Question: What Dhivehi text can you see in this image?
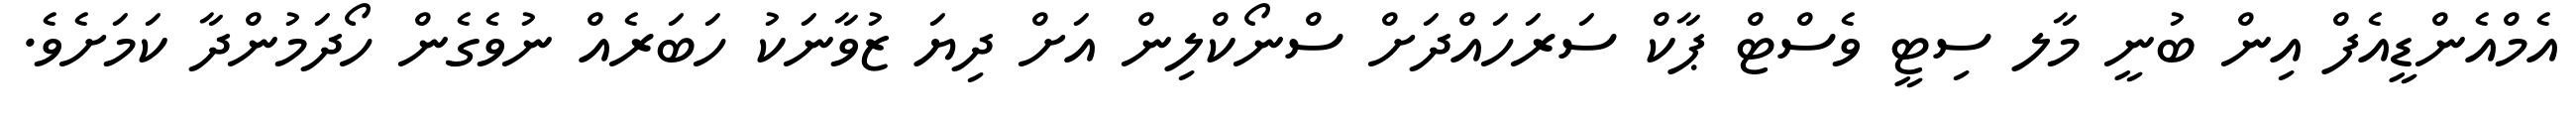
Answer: އެމްއެންޑީއެފް އިން ބުނީ މާލ ސިޓީ ވެސްޓް ޕާކް ސަރަހައްދަށް ސްނޯކްލިން އަށް ދިޔަ ޒުވާނަކު ހަބަރެއް ނުވެގެން ހޯދަމުންދާ ކަމަށެވެ.